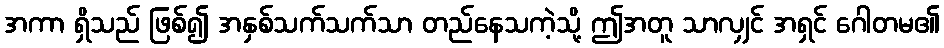
အကာ ရှိသည် ဖြစ်၍ အနှစ်သက်သက်သာ တည်နေသကဲ့သို့ ဤအတူ သာလျှင် အရှင် ဂေါတမ၏